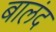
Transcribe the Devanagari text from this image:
बालंद